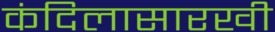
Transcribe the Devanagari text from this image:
कंदिलासारखी